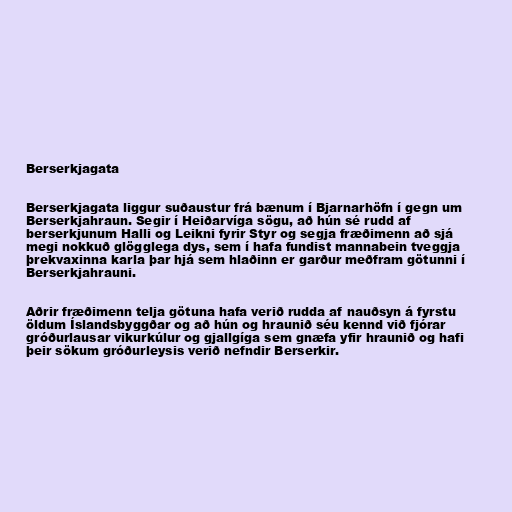
Berserkjagata

Berserkjagata liggur suðaustur frá bænum í Bjarnarhöfn í gegn um
Berserkjahraun. Segir í Heiðarvíga sögu, að hún sé rudd af
berserkjunum Halli og Leikni fyrir Styr og segja fræðimenn að sjá
megi nokkuð glögglega dys, sem í hafa fundist mannabein tveggja
þrekvaxinna karla þar hjá sem hlaðinn er garður meðfram götunni í
Berserkjahrauni.

Aðrir fræðimenn telja götuna hafa verið rudda af nauðsyn á fyrstu
öldum Íslandsbyggðar og að hún og hraunið séu kennd við fjórar
gróðurlausar vikurkúlur og gjallgíga sem gnæfa yfir hraunið og hafi
þeir sökum gróðurleysis verið nefndir Berserkir.